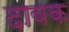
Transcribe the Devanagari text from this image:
दावक